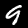
Digit: 9